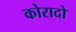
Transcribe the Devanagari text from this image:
कोरादो